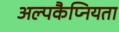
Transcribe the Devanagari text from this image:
अल्पकैप्नियता